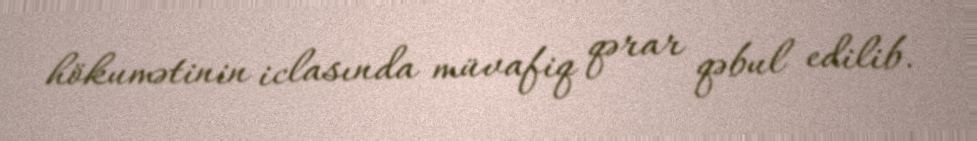
hökumətinin iclasında müvafiq qərar qəbul edilib.